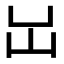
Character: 𡴳